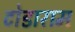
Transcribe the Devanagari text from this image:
टोडाराम